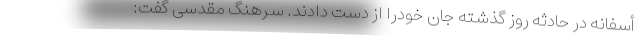
أسفانه در حادثه روز گذشته جان خودرا از دست دادند. سرهنگ مقدسی گفت: